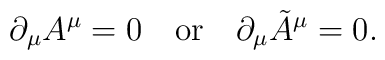
\partial_\mu A^\mu = 0\quad {\rm or} \quad \partial_\mu \tilde{A}^\mu = 0.